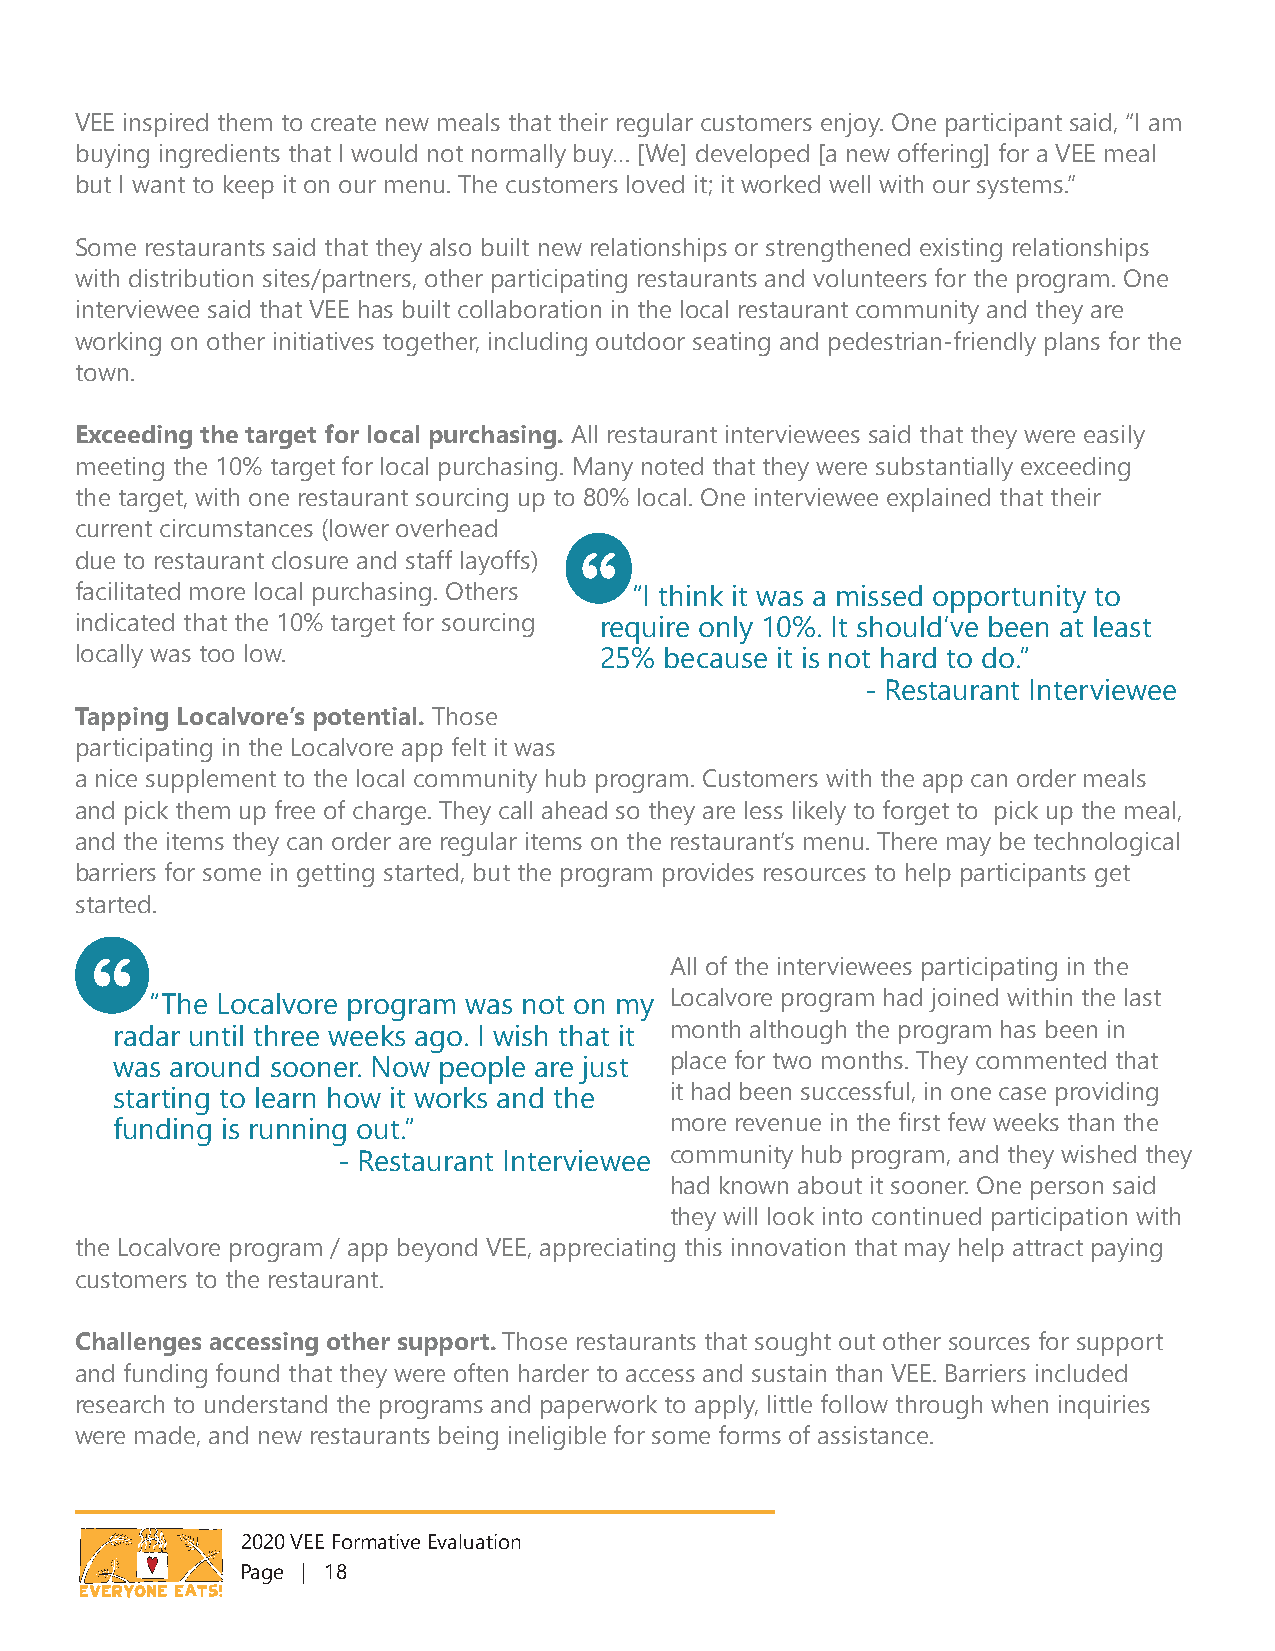
VEE inspired them to create new meals that their regular customers enjoy. One participant said, “I am
 buying ingredients that I would not normally buy… [We] developed [a new offering] for a VEE meal
 but I want to keep it on our menu. The customers loved it; it worked well with our systems.”
 Some restaurants said that they also built new relationships or strengthened existing relationships
 with distribution sites/partners, other participating restaurants and volunteers for the program. One
 interviewee said that VEE has built collaboration in the local restaurant community and they are
 working on other initiatives together, including outdoor seating and pedestrian-friendly plans for the
 town.
 Exceeding the target for local purchasing. All restaurant interviewees said that they were easily
 meeting the 10% target for local purchasing. Many noted that they were substantially exceeding
 the target, with one restaurant sourcing up to 80% local. One interviewee explained that their
 current circumstances (lower overhead
 due to restaurant closure and staff layoffs)
 facilitated more local purchasing. Others “I think it was a missed opportunity to
 indicated that the 10% target for sourcing require only 10%. It should’ve been at least
 locally was too low.               25% because it is not hard to do.”
 - Restaurant Interviewee
 Tapping Localvore’s potential. Those
 participating in the Localvore app felt it was
 a nice supplement to the local community hub program. Customers with the app can order meals
 and pick them up free of charge. They call ahead so they are less likely to forget to pick up the meal,
 and the items they can order are regular items on the restaurant’s menu. There may be technological
 barriers for some in getting started, but the program provides resources to help participants get
 started.
 All of the interviewees participating in the
 “The Localvore program was not on my Localvore program had joined within the last
 radar until three weeks ago. I wish that it month although the program has been in
 was around sooner. Now people are just place for two months. They commented that
 starting to learn how it works and the it had been successful, in one case providing
 funding is running out.”            more revenue in the first few weeks than the
 - Restaurant Interviewee community hub program, and they wished they
 had known about it sooner. One person said
 they will look into continued participation with
 the Localvore program / app beyond VEE, appreciating this innovation that may help attract paying
 customers to the restaurant.
 Challenges accessing other support. Those restaurants that sought out other sources for support
 and funding found that they were often harder to access and sustain than VEE. Barriers included
 research to understand the programs and paperwork to apply, little follow through when inquiries
 were made, and new restaurants being ineligible for some forms of assistance.
 2020 VEE Formative Evaluation
 Page | 18